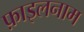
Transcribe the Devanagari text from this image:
फ़ाइलनाम